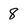
Character: 8